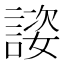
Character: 𬢴